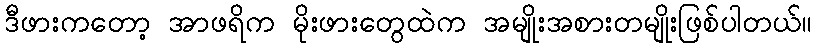
ဒီဖားကတော့ အာဖရိက မိုးဖားတွေထဲက အမျိုးအစားတမျိုးဖြစ်ပါတယ်။